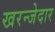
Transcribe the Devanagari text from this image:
खरन्जेदार